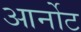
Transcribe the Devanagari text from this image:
आर्नोट